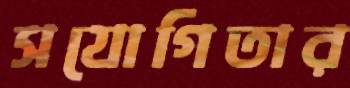
সযোগিতার